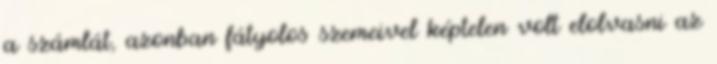
a számlát, azonban fátyolos szemeivel képtelen volt elolvasni az